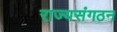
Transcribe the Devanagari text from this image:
राज्यसंगठन